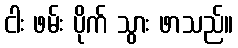
ငါး ဖမ်း ပိုက် သွား ဖာသည်။